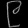
Digit: ၉